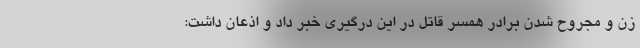
زن و مجروح شدن برادر همسر قاتل در این درگیری خبر داد و اذعان داشت: